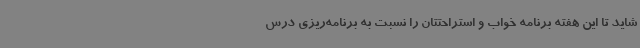
شاید تا این هفته برنامه خواب و استراحتتان را نسبت به برنامه‌ریزی درس